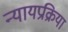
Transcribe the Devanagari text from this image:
न्यायप्रक्रिया